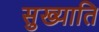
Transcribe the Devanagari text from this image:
सुख्याति